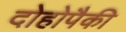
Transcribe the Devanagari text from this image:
दोहोपैकी